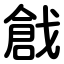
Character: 戧